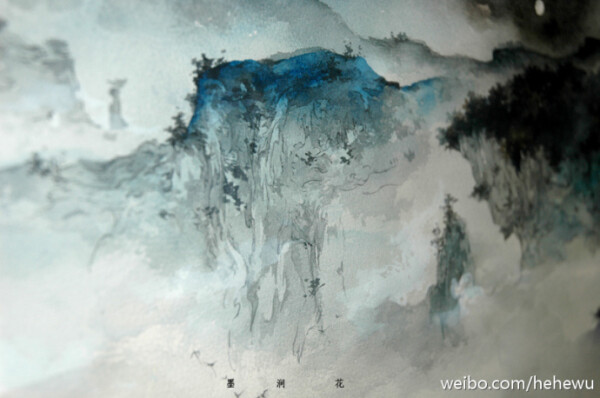
表独立兮山之上，云容容兮而在下